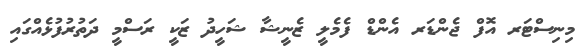
މިނިސްޓަރ އޮފް ޖެންޑަރ އެންޑް ފެމެލީ ޒެނީޝާ ޝަހީދު ޒަކީ ރަސްމީ ދަތުރުފުޅެއްގައި